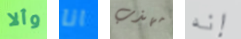
وألا انا مهذب إنه